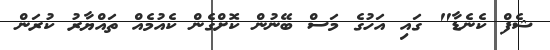
ޝެފް ކެނެޑާ" ގައި އަހުގެ މަސް ބޭނުން ކޮށްގެން ކެއުމެއް ތައްޔާރު ކުރަން